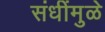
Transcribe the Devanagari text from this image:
संधींमुळे